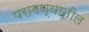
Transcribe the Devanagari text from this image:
परागण्यातील